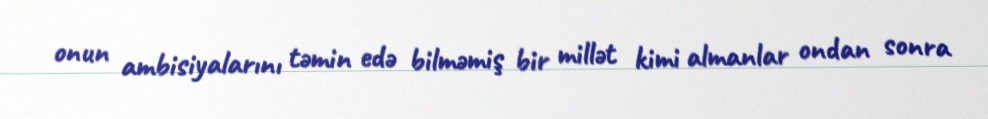
onun ambisiyalarını təmin edə bilməmiş bir millət kimi almanlar ondan sonra